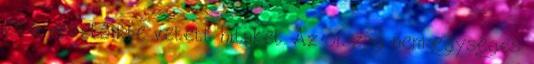
és a vezetőikbe vetett hitüket. Az ország nem egységes